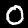
Label: 0